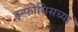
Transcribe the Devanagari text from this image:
इन्फोसिसच्या